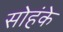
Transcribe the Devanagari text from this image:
सोहंके